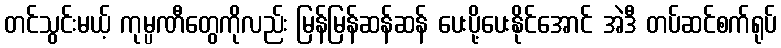
တင်သွင်းမယ့် ကုမ္ပဏီတွေကိုလည်း မြန်မြန်ဆန်ဆန် ပေးပို့ပေးနိုင်အောင် အဲဒီ တပ်ဆင်စက်ရုပ်